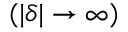
( | \delta | \rightarrow \infty )